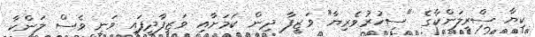
ކިޔާ ސްރީލަންކާގެ "ސިހުރުވެރިޔާ" ވަޒީފާ ދިން ކަމަށާއި ވަޒީފާދީފައި ވަނީ ވެސް ލަންކާ